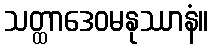
သတ္ထာဒေဝမနုဿာနံ။